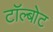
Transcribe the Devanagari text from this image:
टॉल्बोट